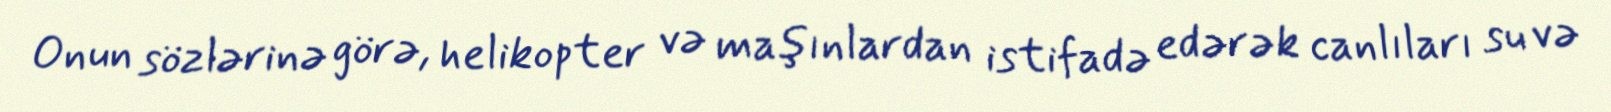
Onun sözlərinə görə, helikopter və maşınlardan istifadə edərək canlıları su və